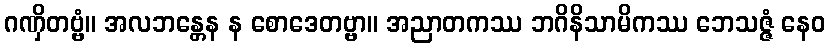
ဂဏှိတဗ္ဗံ။ အလဘန္တေန န စောဒေတဗ္ဗာ။ အညာတကဿ ဘဂိနိသာမိကဿ ဘေသဇ္ဇံ နေဝ